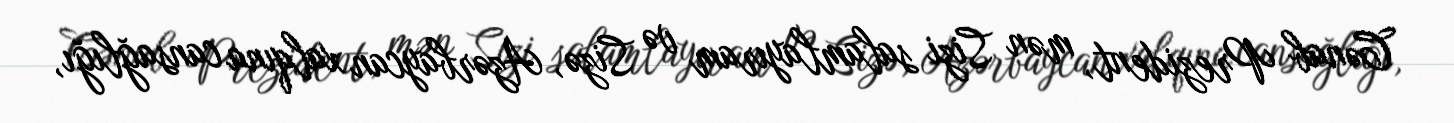
Cənab Prezident, mən Sizi salamlayıram və Sizə, Azərbaycan xalqına cansağlığı,